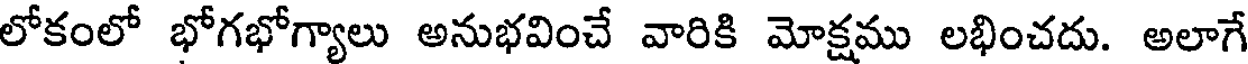
లోకంలో భోగభోగ్యాలు అనుభవించే వారికి మోక్షము లభించదు. అలాగే